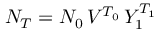
N _ { T } = N _ { 0 } \, V ^ { T _ { 0 } } \, Y _ { 1 } ^ { T _ { 1 } }